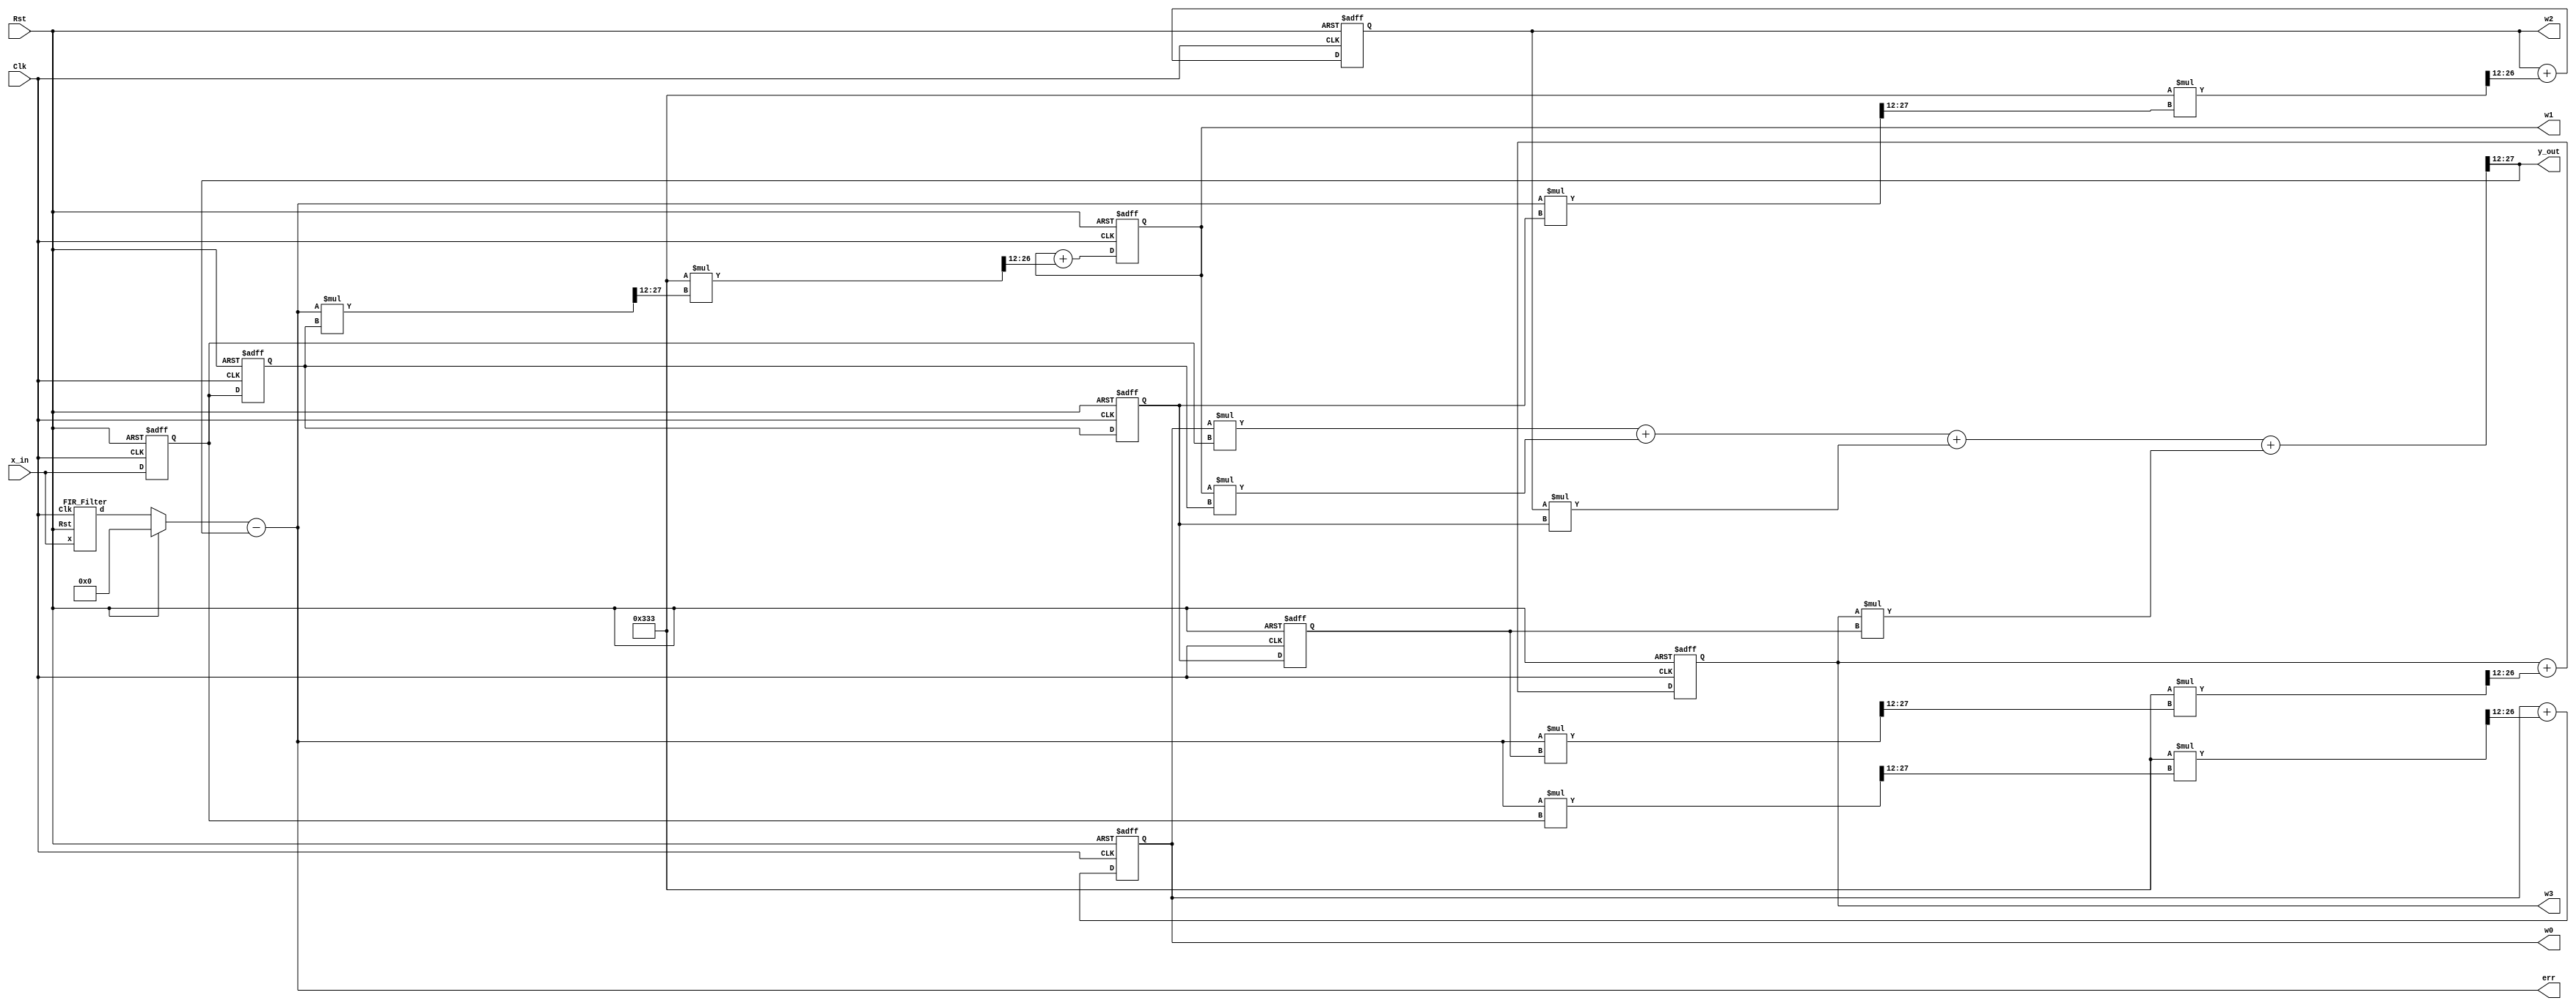
module LMS (
    input Clk, Rst,
    input signed [15:0] x_in, // Input signal
    output signed [15:0] y_out, // Output signal
    output signed [15:0] w0, w1, w2, w3, // Weights
    output signed [15:0] err // Errors
);
// Here 4 bits are used for decimal and 12 bits are used for representing fractions
// Declare gamma as a fixed-point value
  parameter signed [15:0] gamma = 16'b0000001100110011; // gamma = 0.2

reg signed [15:0] wn[0:3], x[0:3] ;
wire signed [15:0] wn_u[0:3];
wire signed [15:0] fir_out, m1,m2,m3,m4, m12,m22,m32,m42;
wire signed [31:0] m11,m21,m31,m41, m13,m23,m33,m43, y_out1;
reg signed [15:0] d_in;

FIR_Filter fir(
    .Clk(Clk),
    .Rst(Rst),
    .x(x_in),
    .d(fir_out)
  );

  always@(*)
    begin
      if(Rst)
        d_in <= 0;
      else
        d_in <= fir_out;
    end

always@(posedge Clk or posedge Rst)
    if(Rst)
    begin
        x[3]<=16'b0;
        x[2]<=16'b0;
        x[1]<=16'b0;
        x[0]<=16'b0;
    end
    else
    begin
        x[3]<=x[2]; 
        x[2]<=x[1];
        x[1]<=x[0];
        x[0]<=x_in;
    end
    assign y_out1 = $signed(wn[0])*$signed(x[0]) + $signed(wn[1])*$signed(x[1]) + $signed(wn[2])*$signed(x[2]) + $signed(wn[3])*$signed(x[3]);
    assign y_out = y_out1[27:12];

assign m11 = $signed(err)*$signed(x[0]);
assign m12 = m11[27:12];
assign m13 = $signed(gamma)*$signed(m12);
assign m1 = m13[27:12];

assign m21 = $signed(err)*$signed(x[1]);
assign m22 = m21[27:12];
assign m23 = $signed(gamma)*$signed(m22);
assign m2 = m23[27:12];

assign m31 = $signed(err)*$signed(x[2]);
assign m32 = m31[27:12];
assign m33 = $signed(gamma)*$signed(m32);
assign m3 = m33[27:12];

assign m41 = $signed(err)*$signed(x[3]);
assign m42 = m41[27:12];
assign m43 = $signed(gamma)*$signed(m42);
assign m4 = m43[27:12];

assign wn_u[0] = wn[0] + m1;
assign wn_u[1] = wn[1] + m2;
assign wn_u[2] = wn[2] + m3;
assign wn_u[3] = wn[3] + m4;


always@( posedge Clk or posedge Rst)
    begin
    if(Rst)
        begin
        
         wn[0] <= 16'b0000000000000000;
         wn[1] <= 16'b0000000000000000;
         wn[2] <= 16'b0000000000000000;
         wn[3] <= 16'b0000000000000000;
         
        end
     else
        begin	
         
         wn[0] <= wn_u[0];
         wn[1] <= wn_u[1];
         wn[2] <= wn_u[2];
         wn[3] <= wn_u[3];  
         
        end
    end
    
    assign w0 = wn[0];
    assign w1 = wn[1];
    assign w2 = wn[2];
    assign w3 = wn[3];

    assign err = d_in - y_out;

endmodule



module FIR_Filter (
  input Clk,
  input Rst,
  input signed [15:0] x,
  output signed [15:0] d
);

  reg signed [15:0] w0, w1, w2, w3;
  reg signed [15:0] xn_0, xn_1, xn_2, xn_3;
  reg signed [31:0] d1;
    

  always @(posedge Clk) 
  begin
    if (Rst) 
	    begin
	      xn_0 <= 0;
	      xn_1 <= 0;
	      xn_2 <= 0;
	      xn_3 <= 0;
	      d1 <= 0;
	    end 
    else 
	    begin
	      xn_3 <= xn_2;
	      xn_2 <= xn_1;
	      xn_1 <= xn_0;
	      xn_0 <= x;
	      d1 <= w0*xn_0 + w1*xn_1 + w2*xn_2 + w3*xn_3;
	    end
  end
  
  assign d = d1[27:12];
  
  initial 
  begin
    w0 =  16'b0000100000000000;
    w1 =  16'b0000100000000000;
    w2 =  16'b0000100000000000;
    w3 =  16'b0000100000000000;
  end

endmodule